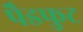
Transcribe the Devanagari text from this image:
पैडफुट